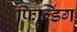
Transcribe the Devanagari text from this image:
फिल्डिंग